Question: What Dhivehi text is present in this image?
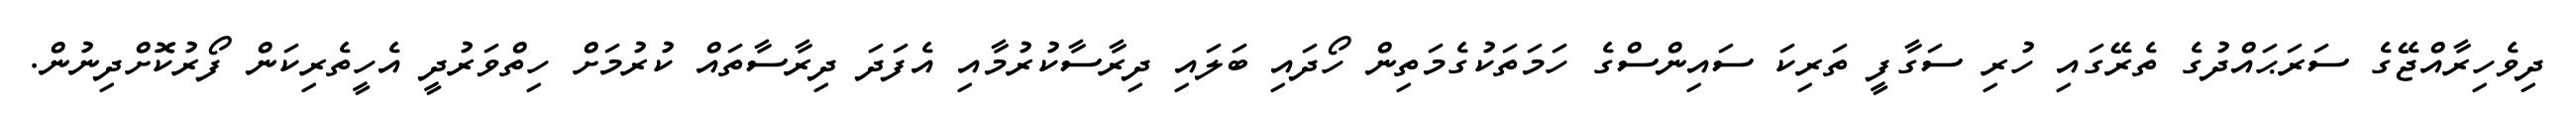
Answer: ދިވެހިރާއްޖޭގެ ސަރަޙައްދުގެ ތެރޭގައި ހުރި ސަގާފީ ތަރިކަ ސައިންސްގެ ހަމަތަކުގެމަތިން ހޯދައި ބަލައި ދިރާސާކުރުމާއި އެފަދަ ދިރާސާތައް ކުރުމަށް ހިތްވަރުދީ އެހީތެރިކަން ފޯރުކޮށްދިނުން.